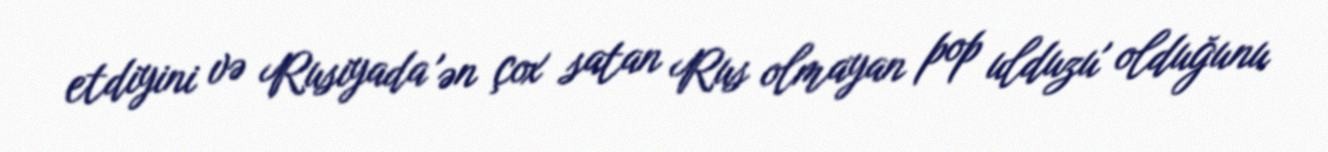
etdiyini və Rusiyada 'ən çox satan Rus olmayan pop ulduzu' olduğunu